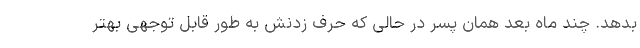
بدهد. چند ماه بعد همان پسر در حالی که حرف زدنش به طور قابل توجهی بهتر